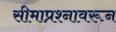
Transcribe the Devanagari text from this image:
सीमाप्रश्नावरून